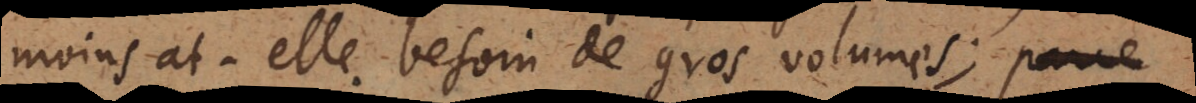
moins a‐t‐elle besoin de gros volumes; car se